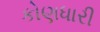
કોણધારી